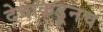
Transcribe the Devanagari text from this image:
देवाकडूनच